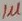
Text: 1µ